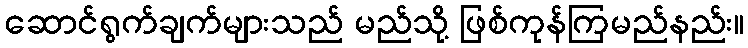
ဆောင်ရွက်ချက်များသည် မည်သို့ ဖြစ်ကုန်ကြမည်နည်း။